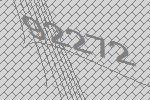
92272